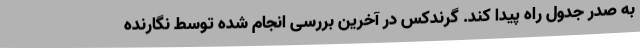
به صدر جدول راه پیدا کند. گرندکس در آخرین بررسی انجام شده توسط نگارنده